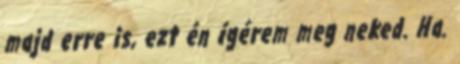
majd erre is, ezt én ígérem meg neked. Ha.